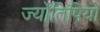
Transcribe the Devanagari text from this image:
ज्योतिषियो